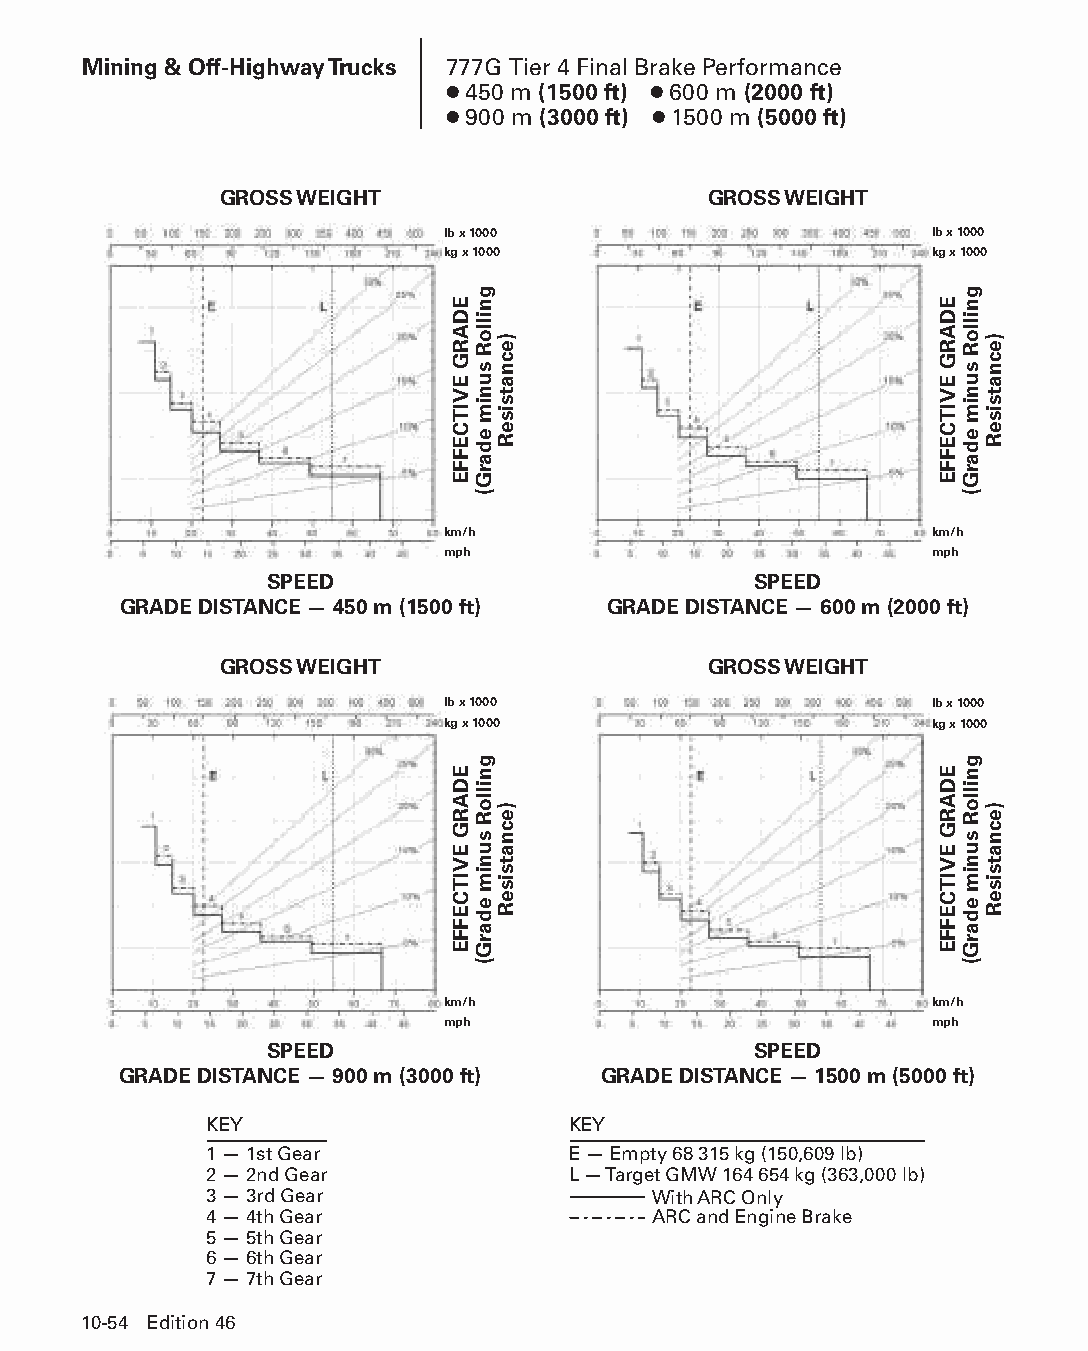
Mining & Off-Highway Trucks 777G Tier 4 Final Brake Performance
 ● 450 m (1500 ft) ● 600 m (2000 ft)
 ● 900 m (3000 ft) ● 1500 m (5000 ft)
 GROSS WEIGHT                    GROSS WEIGHT
 lb x 1000                       lb x 1000
 kg x 1000                       kg x 1000
 km/h                            km/h
 mph                             mph
 SPEED                           SPEED
 GRADE DISTANCE — 450 m (1500 ft) GRADE DISTANCE — 600 m (2000 ft)
 GROSS WEIGHT                    GROSS WEIGHT
 lb x 1000                       lb x 1000
 kg x 1000                       kg x 1000
 km/h                            km/h
 mph                             mph
 SPEED                           SPEED
 GRADE DISTANCE — 900 m (3000 ft) GRADE DISTANCE — 1500 m (5000 ft)
 KEY                     KEY
 1 — 1st Gear            E — Empty 68 315 kg (150,609 lb)
 2 — 2nd Gear            L — Target GMW 164 654 kg (363,000 lb)
 3 — 3rd Gear                 With ARC Only
 4 — 4th Gear                  ARC and Engine Brake
 5 — 5th Gear
 6 — 6th Gear
 7 — 7th Gear
 10-54 Edition 46
 PPHHBB--SSeecc1100((ppgg5533--8844))..iinndddd 5544            1122//44//1155 1100::4444 AAMM
 EDARG
 EVITCEFFE
 EDARG
 EVITCEFFE
 gnilloR
 sunim
 edarG(
 gnilloR
 sunim
 edarG(
 )ecnatsiseR
 )ecnatsiseR
 EDARG
 EVITCEFFE
 EDARG
 EVITCEFFE
 gnilloR
 sunim
 edarG(
 gnilloR
 sunim
 edarG(
 )ecnatsiseR
 )ecnatsiseR